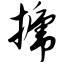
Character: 搋